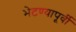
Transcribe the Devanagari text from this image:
भेटण्यापूर्वी